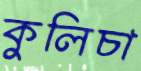
কুলিচা